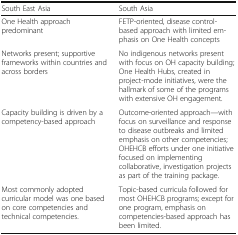
<table><thead><tr><td><b>South East Asia</b></td><td><b>South Asia</b></td></tr></thead><tbody><tr><td>One Health approach predominant</td><td>FETP-oriented, disease control-based approach with limited emphasis on One Health concepts</td></tr><tr><td>Networks present; supportive frameworks within countries and across borders</td><td>No indigenous networks present with focus on OH capacity building; One Health Hubs, created in project-mode initiatives, were the hallmark of some of the programs with extensive OH engagement.</td></tr><tr><td>Capacity building is driven by a competency-based approach</td><td>Outcome-oriented approach—with focus on surveillance and response to disease outbreaks and limited emphasis on other competencies; OHEHCB efforts under one initiative focused on implementing collaborative, investigation projects as part of the training package.</td></tr><tr><td>Most commonly adopted curricular model was one based on core competencies and technical competencies.</td><td>Topic-based curricula followed for most OHEHCB programs; except for one program, emphasis on competencies-based approach has been limited.</td></tr></tbody></table>